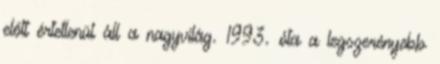
előtt értetlenül áll a nagyvilág. 1993. óta a legszerényebb